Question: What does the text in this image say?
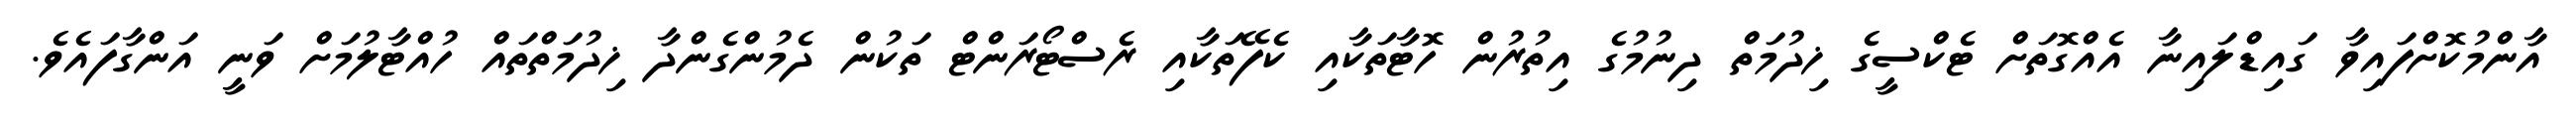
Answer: އާންމުކޮށްފައިވާ ގައިޑްލައިނާ އެއްގޮތަށް ޓެކްސީގެ ޚިދުމަތް ދިނުމުގެ އިތުރުން ހޮޓާތަކާއި ކެފޭތަކާއި ރެސްޓޯރަންޓް ތަކުން ދެމުންގެންދާ ޚިދުމަތްތައް ހުއްޓާލުމަށް ވަނީ އަންގާފައެވެ.